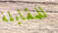
للمقابلة